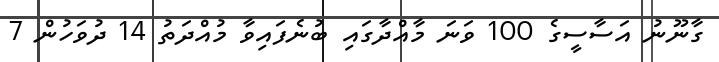
ގާނޫނު އަސާސީގެ 100 ވަނަ މާއްދާގައި ބުނެފައިވާ މުއްދަތު 14 ދުވަހުން 7